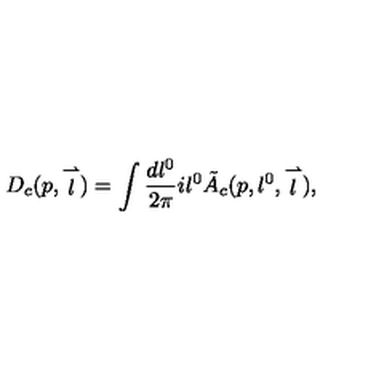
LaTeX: D _ { c } ( p , \stackrel { \rightharpoonup } { l } ) = \int \frac { d l ^ { 0 } } { 2 \pi } i l ^ { 0 } \tilde { A } _ { c } ( p , l ^ { 0 } , \stackrel { \rightharpoonup } { l } ) ,